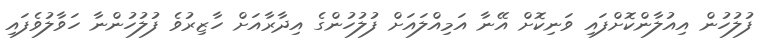
ފުލުހުން އިއުލާންކޮށްފައި ވަނިކޮށް އޭނާ އަމިއްލައަށް ފުލުހުންގެ އިދާރާއަށް ހާޒިރުވެ ފުލުހުންނާ ހަވާލުވެފައި